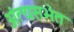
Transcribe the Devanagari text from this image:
अंत्यसभेत